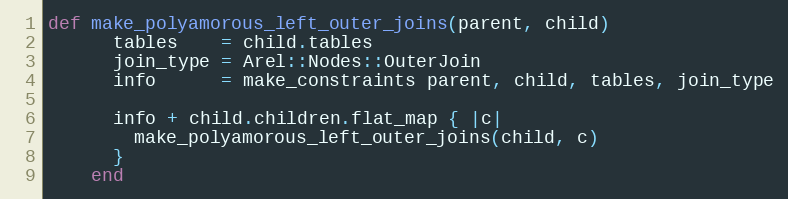
Language: Ruby
def make_polyamorous_left_outer_joins(parent, child)
      tables    = child.tables
      join_type = Arel::Nodes::OuterJoin
      info      = make_constraints parent, child, tables, join_type

      info + child.children.flat_map { |c|
        make_polyamorous_left_outer_joins(child, c)
      }
    end